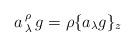
LaTeX: \begin{align*}a\,^\rho_\lambda\,g=\rho\{a_\lambda g\}_z\end{align*}